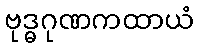
ဗုဒ္ဓဂုဏကထာယံ